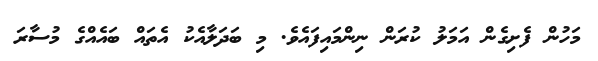
މަހުން ފެށިގެން އަމަލު ކުރަން ނިންމައިފައެވެ. މި ބަދަލާއެކު އެތައް ބައެއްގެ މުސާރަ